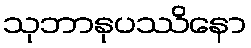
သုဘာနုပဿိနော